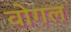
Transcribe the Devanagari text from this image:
वोगल